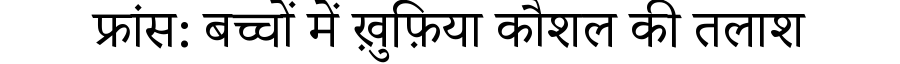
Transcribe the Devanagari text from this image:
फ्रांस: बच्चों में ख़ुफ़िया कौशल की तलाश